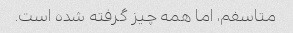
متاسفم، اما همه چیز گرفته شده است.